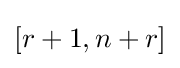
[r+1,n+r]